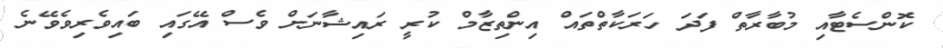
ކޮންސެޓާއި މުބާރާތް ފަދަ ހަރަކާތްތައް އިންތިޒާމް ކުރީ ރައިޝާނަށް ވެސް އޭގައި ބައިވެރިވެވޭނެ